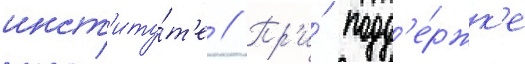
инст'иту́т'е // Пр'и́ подд'е́ржк'е